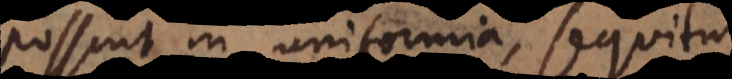
possunt in uniformia, sequitur